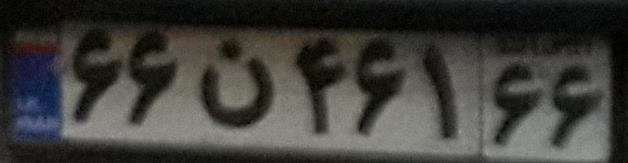
۶۶ن۴۶۱۶۶